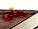
حتى